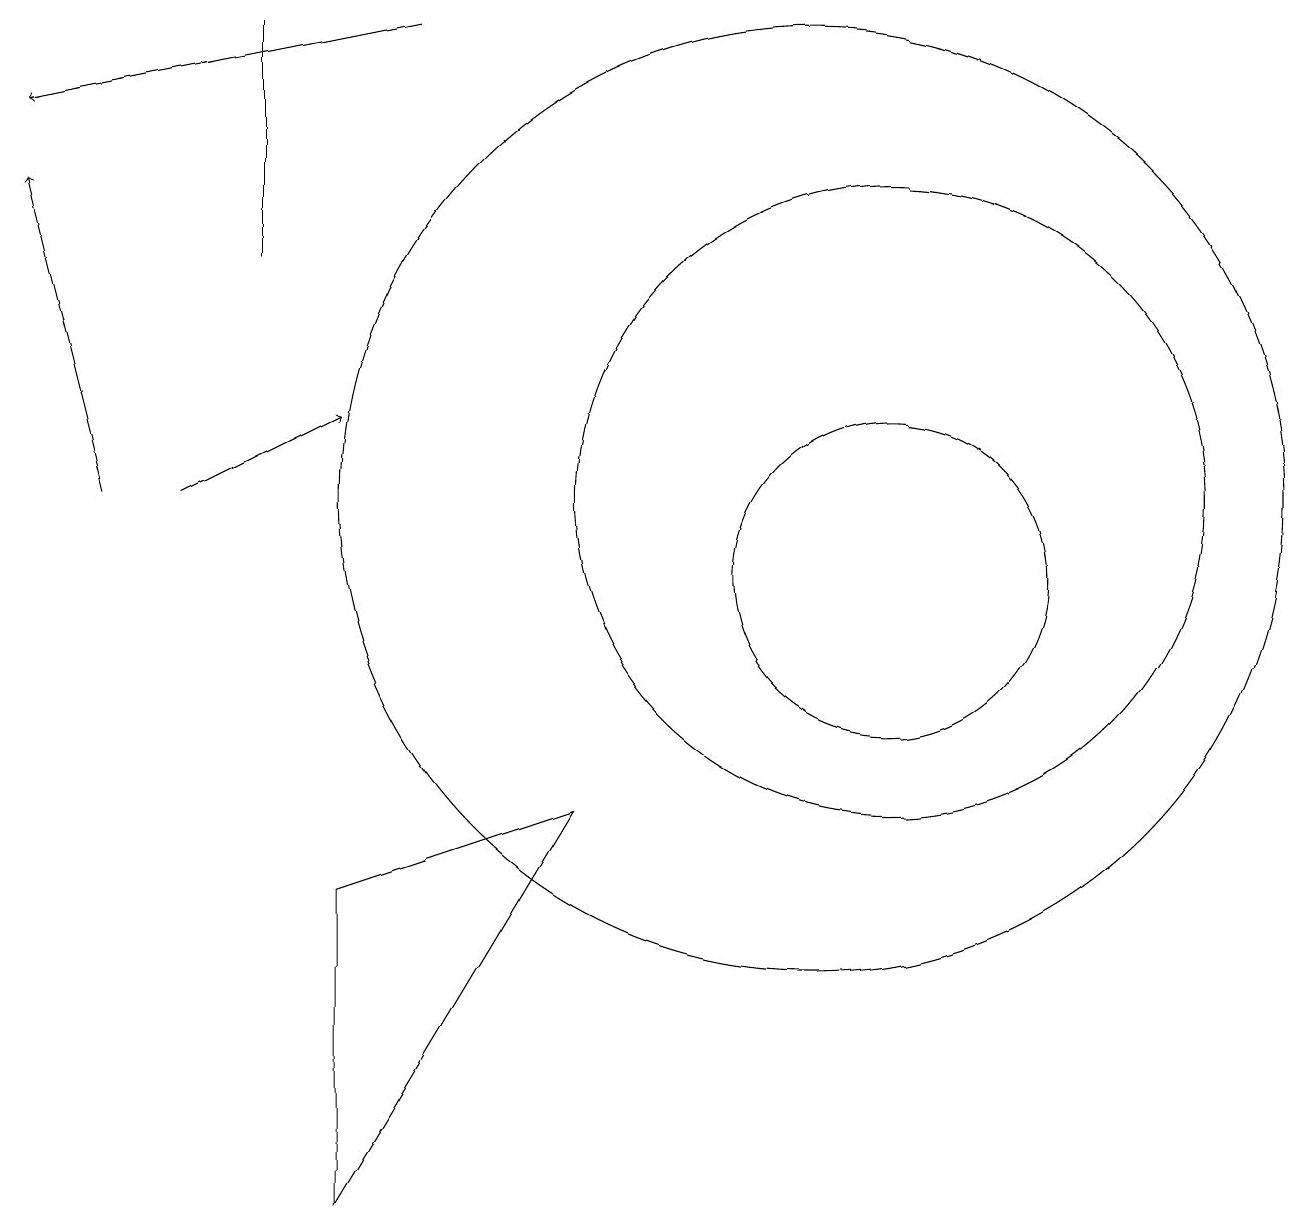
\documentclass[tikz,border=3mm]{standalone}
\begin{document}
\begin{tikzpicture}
\draw[->] (1,11) -- (0,15);
\draw (7,7) -- (4,6) -- (4,2) -- cycle;
\draw (3,17) rectangle (3,14);
\draw[->] (2,11) -- (4,12);
\draw (10,11) circle (6);
\draw (11,11) circle (4);
\draw (11,10) circle (2);
\draw[->] (5,17) -- (0,16);
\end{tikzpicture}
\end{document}